Annual report on the Civil Veterinary Department, Burma (including the Insein Veterinary School) - 1932-1941
Year: 1932
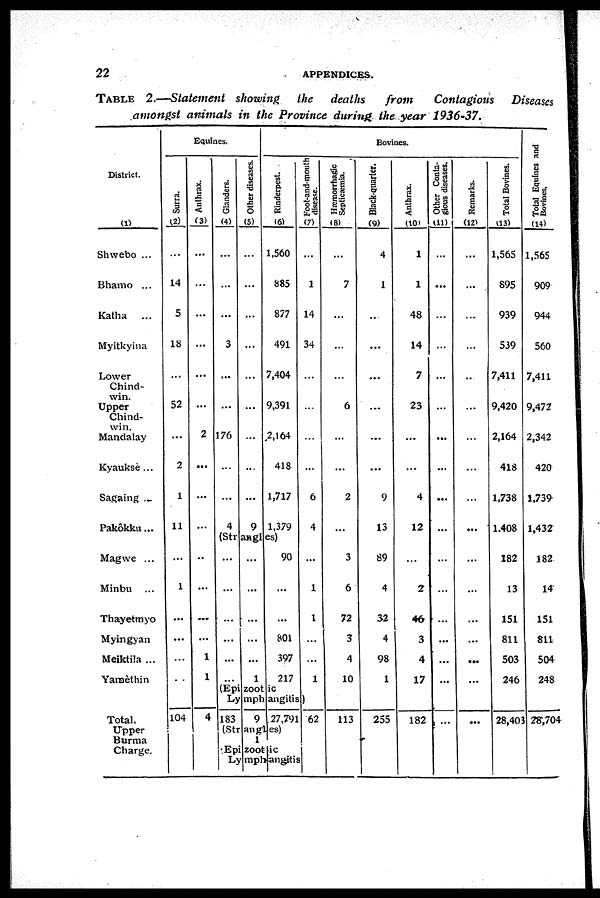
22
APPENDICES.
TABLE
2.—Statement showing the deaths
from
Contagious Diseases
amongst animals in the Province during the year 1936-37.
District.
(1)
Shwebo ...
Bhamo ...
Katha
...
Myitkyina
Lower
Chind-
win.
Upper
Chind-
win.
Mandalay
Kyauksè ...
Sagaing ...
Pakôkku ...
Magwe ...
Minbu ...
Thayetmyo
Myingyan
Meiktila ...
Yamèthin
Total,
Upper
Burma
Charge.
Equines.
Surra.
(2)
...
14
5
18
...
52
...
2
1
11
...
1
...
...
...
...
104
Anthrax.
(3)
...
...
...
...
...
...
2
...
...
...
..
...
...
...
1
1
4
Glanders.
(4)
...
...
...
3
...
...
176
...
...
4
Other diseases.
(5)
...
...
...
...
...
...
...
...
...
9
Bovines.
Rinderpest.
(6)
1,560
885
877
491
7,404
9,391
2,164
418
1,717
1,379
(Strangles)
...
...
...
...
...
...
...
...
...
...
...
1
90
...
...
801
397
217
(Epizootic
Foot-and-mouth
disease.
(7)
...
1
14
34
...
...
...
...
6
4
...
1
1
...
...
1
Lymphangitis)
183
9 27,79]
(Strangles)
1
Epizootic
62
Lymphangitis
Hæmorrhagic
Septicæmia.
(8)
...
7
...
...
...
6
...
...
2
...
3
6
72
3
4
10
113
Black-quarter.
(9)
4
1
...
...
...
...
...
...
9
13
89
4
32
4
98
1
255
Anthrax.
(10)
1
1
48
14
7
23
...
...
4
12
...
2
46
3
4
17
182
Other Conta-
gious diseases.
(11)
...
...
...
...
...
...
...
...
...
...
...
...
...
...
...
...
...
Remarks.
(12)
...
...
...
...
...
...
...
...
...
...
...
...
...
...
...
...
...
Total Bovines.
(13)
1,565
895
939
539
7,411
9,420
2,164
418
1,738
1,408
182
13
151
811
503
246
28,40
Total Equines and
Bovines.
(14)
1,565
909
944
560
7,411
9,472
2,342
420
1,739
1,432
182
14
151
811
504
248
28,704